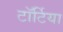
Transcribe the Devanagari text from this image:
टॉर्टिया